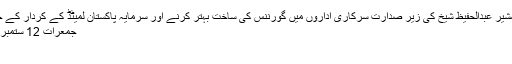
وزیراعظم کے مشیر عبدالحفیظ شیخ کی زیر صدارت سرکاری اداروں میں گورننس کی ساخت بہتر کرنے اور سرمایہ پاکستان لمیٹڈ کے کردار کے حوالہ سے اجلاس
جمعرات 12 ستمبر 2019 22:53
اسلام آباد ۔